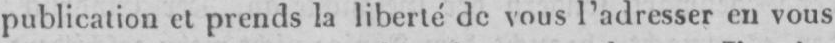
publication et prends la liberté de vous l’adresser en vous